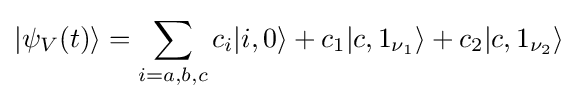
|\psi _{V}(t)\rangle =\sum _{i=a,b,c}c_{i}|i,0\rangle +c_{1}|c,1_{\nu _{1}}\rangle +c_{2}|c,1_{\nu _{2}}\rangle